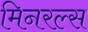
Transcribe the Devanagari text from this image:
मिनरल्‍स